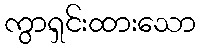
ကွာရှင်းထားသော